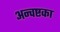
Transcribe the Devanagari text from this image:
अन्वष्टका